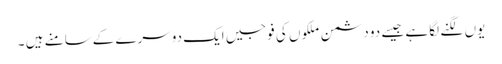
یوں لگنے لگا ہے جیسے دو دشمن ملکوں کی فوجیں ایک دوسرے کےسامنے ہیں ۔